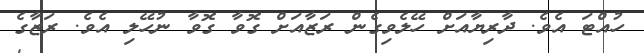
ހުއްޓަ އެވެ. ދާރިޔާއަށް ހޭލެވިގެން ރަޒާއަށް ގޮވާ ގޮވާ ނުހޭލި އެވެ. ރަޒާގެ